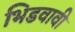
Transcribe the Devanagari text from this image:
भिडवावी